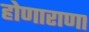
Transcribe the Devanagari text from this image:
होणाराणा